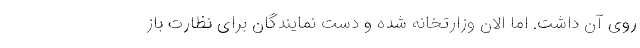
روی آن داشت. اما الان وزارتخانه شده و دست نمایندگان برای نظارت باز